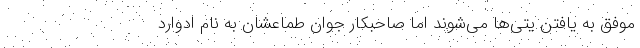
موفق به یافتن یتی‌ها می‌شوند اما صاحبکار جوان طماعشان به نام ادوارد